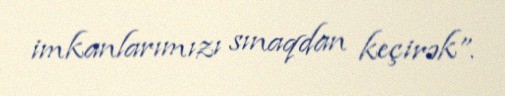
imkanlarımızı sınaqdan keçirək”.